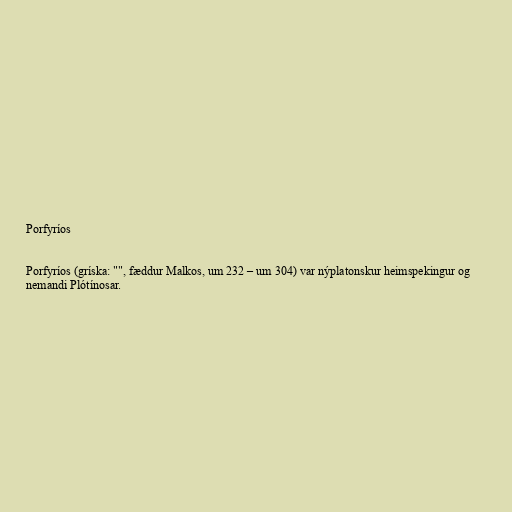
Porfyríos

Porfyríos (gríska: "", fæddur Malkos, um 232 – um 304) var nýplatonskur heimspekingur og
nemandi Plótínosar.